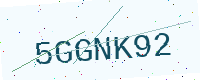
Text: 5GGNK92